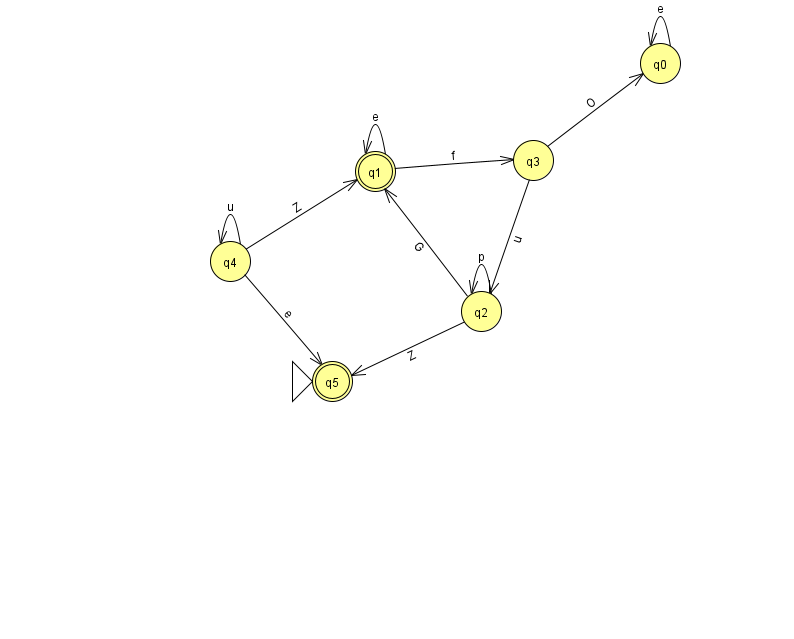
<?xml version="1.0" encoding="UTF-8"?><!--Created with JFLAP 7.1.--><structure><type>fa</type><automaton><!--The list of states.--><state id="0" name="q0"><x>660.0</x><y>50.0</y></state><state id="1" name="q1"><x>375.0</x><y>158.0</y><final/></state><state id="2" name="q2"><x>481.0</x><y>298.0</y></state><state id="3" name="q3"><x>533.0</x><y>147.0</y></state><state id="4" name="q4"><x>230.0</x><y>248.0</y></state><state id="5" name="q5"><x>332.0</x><y>368.0</y><initial/><final/></state><!--The list of transitions.--><transition><from>2</from><to>2</to><read>p</read></transition><transition><from>2</from><to>5</to><read>Z</read></transition><transition><from>4</from><to>5</to><read>e</read></transition><transition><from>0</from><to>0</to><read>e</read></transition><transition><from>1</from><to>1</to><read>e</read></transition><transition><from>3</from><to>2</to><read>u</read></transition><transition><from>4</from><to>1</to><read>Z</read></transition><transition><from>4</from><to>4</to><read>u</read></transition><transition><from>1</from><to>3</to><read>f</read></transition><transition><from>2</from><to>1</to><read>G</read></transition><transition><from>3</from><to>0</to><read>O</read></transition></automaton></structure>